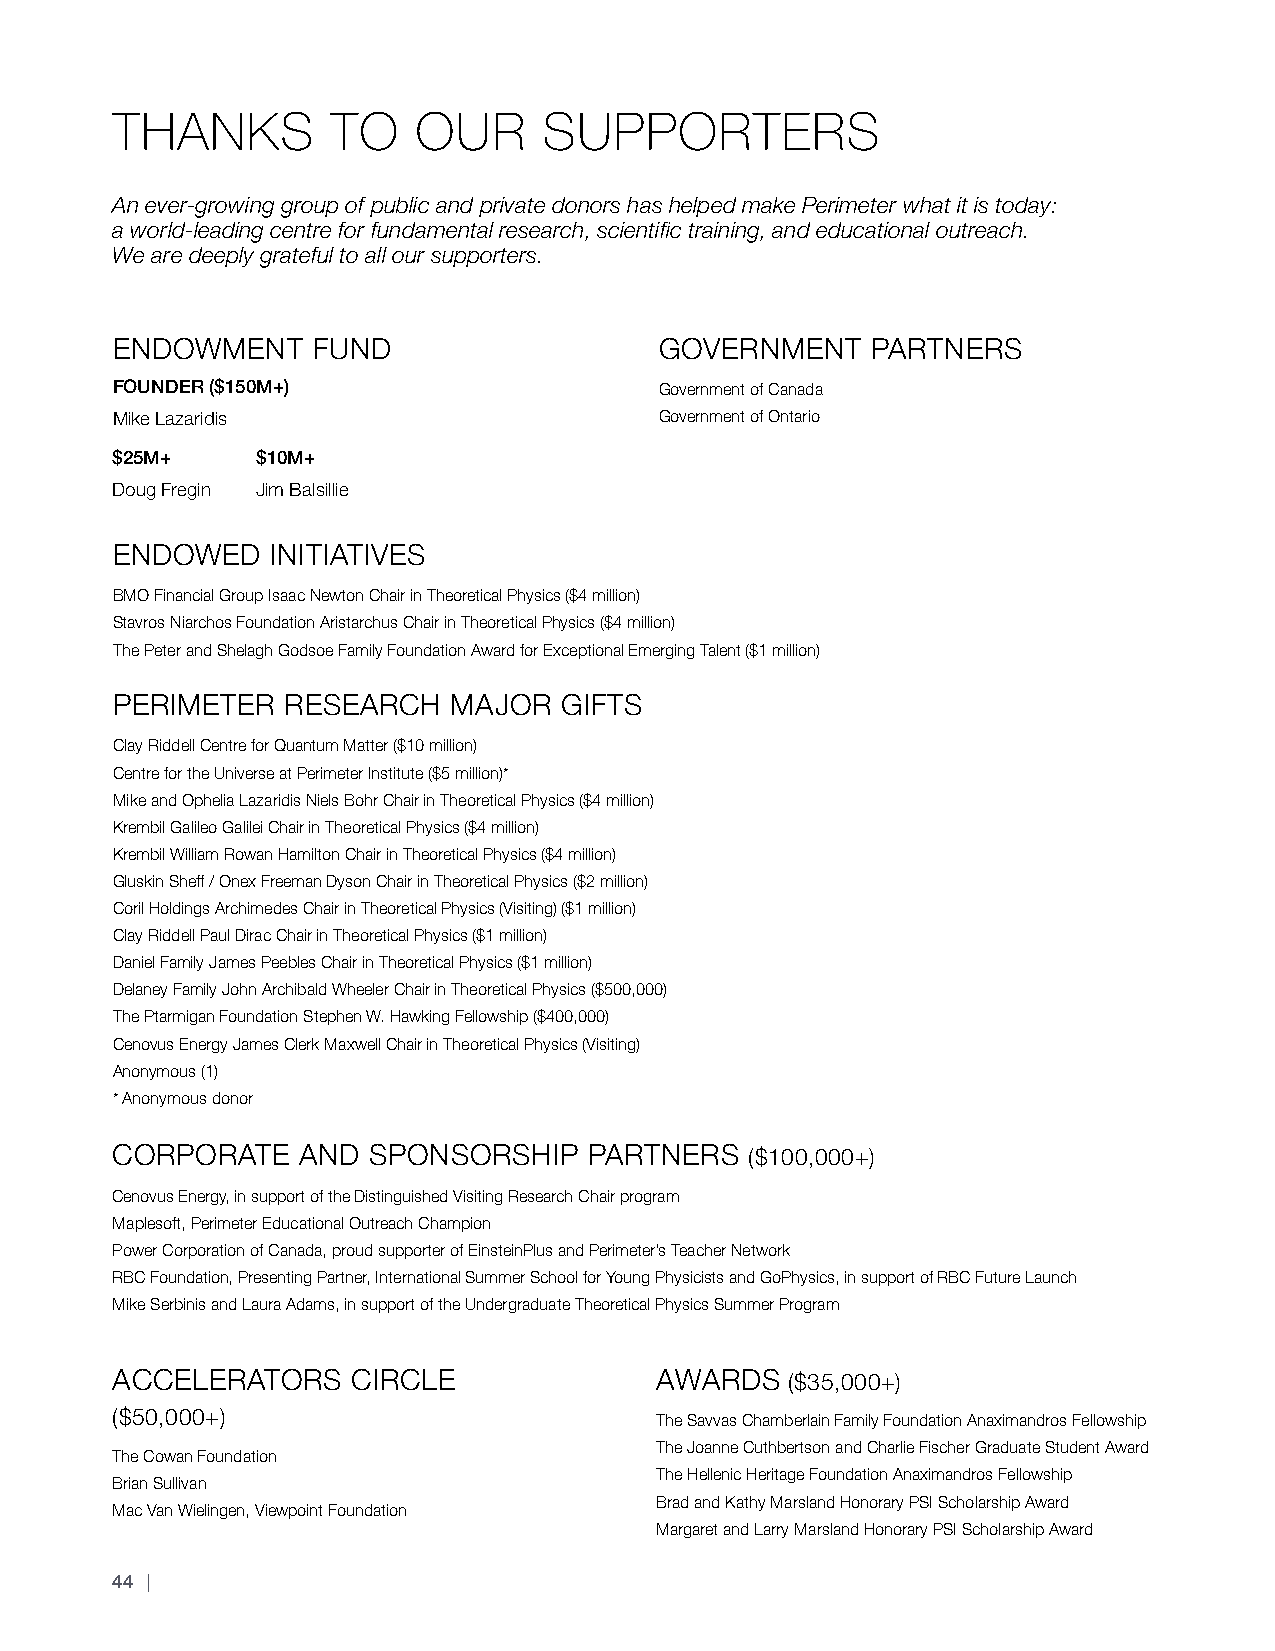
THANKS         TO    OUR     SUPPORTERS
 An ever-growing group of public and private donors has helped make Perimeter what it is today:
 a world-leading centre for fundamental research, scientific training, and educational outreach.
 We are deeply grateful to all our supporters.
 ENDOWMENT     FUND                   GOVERNMENT    PARTNERS
 FOUNDER ($150M+)                     Government of Canada
 Mike Lazaridis                       Government of Ontario
 $25M+     $10M+
 Doug Fregin Jim Balsillie
 ENDOWED    INITIATIVES
 BMO Financial Group Isaac Newton Chair in Theoretical Physics ($4 million)
 Stavros Niarchos Foundation Aristarchus Chair in Theoretical Physics ($4 million)
 The Peter and Shelagh Godsoe Family Foundation Award for Exceptional Emerging Talent ($1 million)
 PERIMETER   RESEARCH   MAJOR  GIFTS
 Clay Riddell Centre for Quantum Matter ($10 million)
 Centre for the Universe at Perimeter Institute ($5 million)*
 Mike and Ophelia Lazaridis Niels Bohr Chair in Theoretical Physics ($4 million)
 Krembil Galileo Galilei Chair in Theoretical Physics ($4 million)
 Krembil William Rowan Hamilton Chair in Theoretical Physics ($4 million)
 Gluskin Sheff / Onex Freeman Dyson Chair in Theoretical Physics ($2 million)
 Coril Holdings Archimedes Chair in Theoretical Physics (Visiting) ($1 million)
 Clay Riddell Paul Dirac Chair in Theoretical Physics ($1 million)
 Daniel Family James Peebles Chair in Theoretical Physics ($1 million)
 Delaney Family John Archibald Wheeler Chair in Theoretical Physics ($500,000)
 The Ptarmigan Foundation Stephen W. Hawking Fellowship ($400,000)
 Cenovus Energy James Clerk Maxwell Chair in Theoretical Physics (Visiting)
 Anonymous (1)
 * Anonymous donor
 CORPORATE    AND SPONSORSHIP    PARTNERS   ($100,000+)
 Cenovus Energy, in support of the Distinguished Visiting Research Chair program
 Maplesoft, Perimeter Educational Outreach Champion
 Power Corporation of Canada, proud supporter of EinsteinPlus and Perimeter’s Teacher Network
 RBC Foundation, Presenting Partner, International Summer School for Young Physicists and GoPhysics, in support of RBC Future Launch
 Mike Serbinis and Laura Adams, in support of the Undergraduate Theoretical Physics Summer Program
 ACCELERATORS    CIRCLE              AWARDS   ($35,000+)
 ($50,000+)                          The Savvas Chamberlain Family Foundation Anaximandros Fellowship
 The Joanne Cuthbertson and Charlie Fischer Graduate Student Award
 The Cowan Foundation
 The Hellenic Heritage Foundation Anaximandros Fellowship
 Brian Sullivan
 Brad and Kathy Marsland Honorary PSI Scholarship Award
 Mac Van Wielingen, Viewpoint Foundation
 Margaret and Larry Marsland Honorary PSI Scholarship Award
 44 |